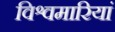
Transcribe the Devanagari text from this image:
विश्वमारियां